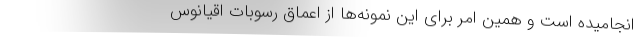
انجامیده است و همین امر برای این نمونه‌ها از اعماق رسوبات اقیانوس